Madras plague regulations in force outside the Presidency town - Volume 6
Disease focus: Plague
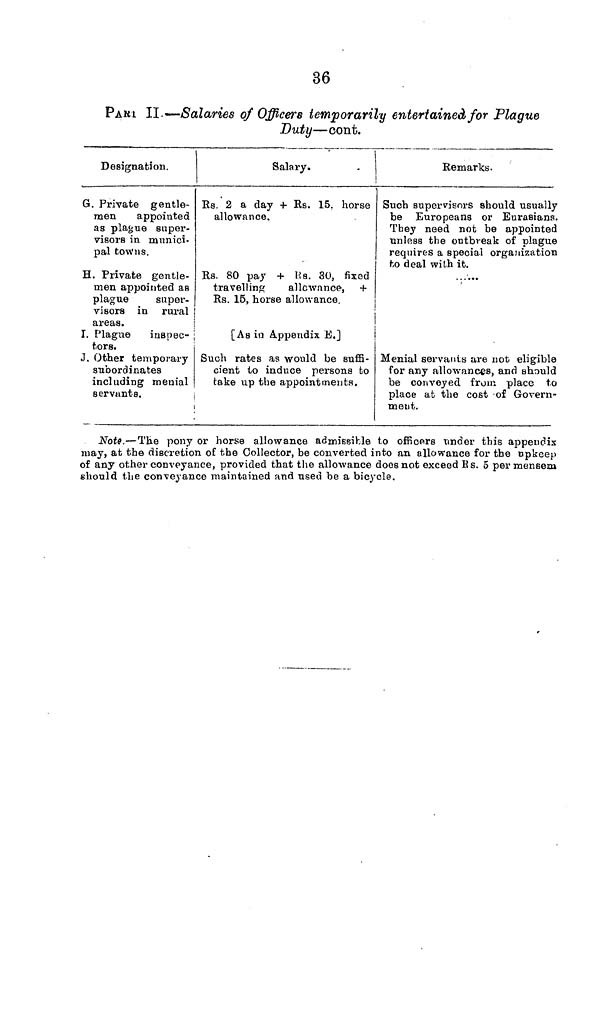
36
PAK i II.—Salaries of Officers temporarily entertained for Plague
Duty—cont.
Designation.
G. Private gentle-
men
appointed
as plague super-
visors in munici-
pal towns.
H. Private gentle-
men appointed as
plague
super-
visors in rural
areas.
I. Plague
inspec-
tors.
J. Other temporary
subordinates
including menial
Salary.
Rs. 2 a day + Rs. 15. horse
allowance.
Rs. 80 pay + Rs. 30, fixed
travelling
allowance, +
Rs. 15, horse allowance.
[As in Appendix E.]
Such rates as would be suffi-
cient to induce persons to
take up the appointments.
servants.
,
!
Remarks.
Such supervisors should usually
be Europeans or Eurasians.
They need not be appointed
unless the outbreak of plague
requires a special organization
to deal with it.
......
Menial servants are not eligible
for any allowances, and should
be conveyed from place to
place at the cost of Govern-
ment.
Note.—The pony or horse allowance admissible to officers under this appendix
may, at the discretion of the Collector, be converted into an allowance for the upkeep
of any other conveyance, provided that the allowance does not exceed Rs. 5 per mensem
should the conveyance maintained and used be a bicycle.